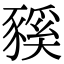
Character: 豯